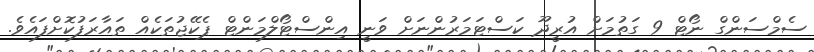
ސެމްސަންގް ނޯޓް 9 ގަތުމަށް އުރީދޫ ކަސްޓަމަރުންނަށް ވަނީ އިންސްޓޯލްމަންޓް ޕެކޭޖުތަކެއް ތައާރަފުކޮށްފައެވެ.